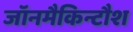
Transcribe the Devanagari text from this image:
जॉनमैकिन्टौश